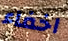
اخفاء